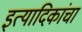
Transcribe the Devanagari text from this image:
इत्यादिकांचा